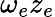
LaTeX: \omega_{e}z_{e}